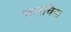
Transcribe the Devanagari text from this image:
चलचित्रा